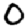
Digit: 0